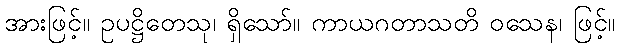
အားဖြင့်။ ဥပဋ္ဌိတေသု၊ ရှိသော်။ ကာယဂတာသတိ ဝသေန၊ ဖြင့်။